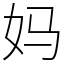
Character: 妈